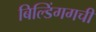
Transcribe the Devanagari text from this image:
बिल्डिंगगची